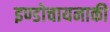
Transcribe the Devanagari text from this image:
इण्डोचायनाकी